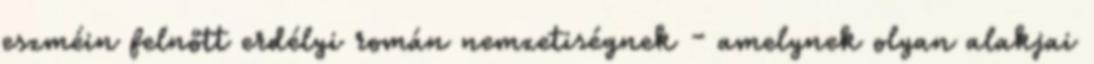
eszméin felnőtt erdélyi román nemzetiségnek - amelynek olyan alakjai